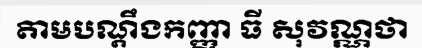
តាមបណ្តឹងកញ្ញា ធី សុវណ្ណថា